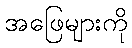
အဖြေများကို